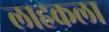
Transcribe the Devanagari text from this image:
लाहकला